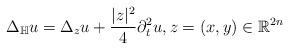
LaTeX: \begin{align*} \Delta_{\mathbb{H}}u = \Delta_z u + \frac{|z|^2}{4} \partial_{t}^2 u,z=(x, y) \in \mathbb{R}^{2n} \end{align*}